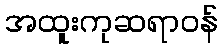
အထူးကုဆရာဝန်